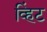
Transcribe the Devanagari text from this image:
व्हिंट